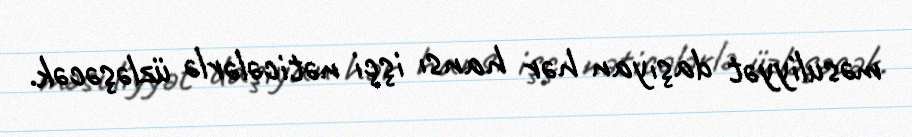
məsuliyyət daşıyan hər hansı işçi nəticələrlə üzləşəcək.